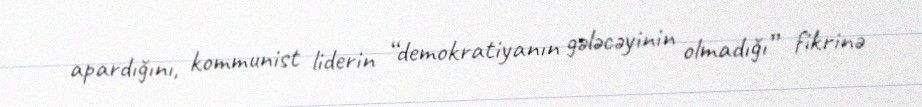
apardığını, kommunist liderin “demokratiyanın gələcəyinin olmadığı” fikrinə